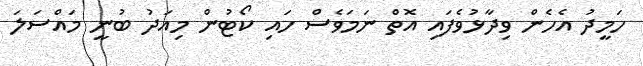
ހަމީދު އެހެން ވިދާޅުވެފައި އޮތް ނަމަވެސް ހައި ކޯޓުން މިއަދު ބުނީ މައްސަލަ